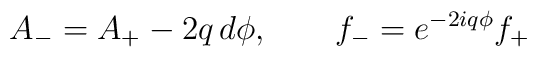
A_- = A_+ - 2q \, d \phi,        \qquad        f_- = e^{ - 2 i q \phi } f_+